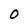
Character: O